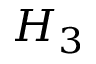
H _ { 3 }